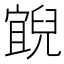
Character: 𰃓